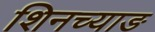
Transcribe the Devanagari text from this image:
शिनच्याङ